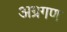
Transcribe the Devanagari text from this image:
अग्रगण